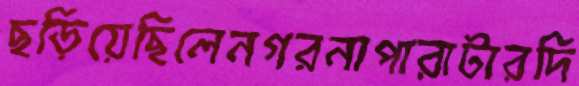
ছড়িয়েছিলেনগরনাপারাটারদি